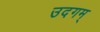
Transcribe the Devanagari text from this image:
उदगम्